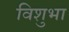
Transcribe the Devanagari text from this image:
विशुभा